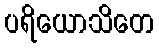
ပရိယောသိတေ